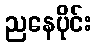
ညနေပိုင်း